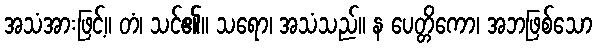
အသံအားဖြင့်။ တံ၊ သင်၏။ သရော၊ အသံသည်။ န ပေတ္တိကော၊ အဘဖြစ်သော